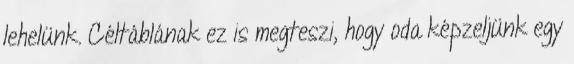
lehelünk. Céltáblának ez is megteszi, hogy oda képzeljünk egy